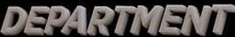
DEPARTMENT